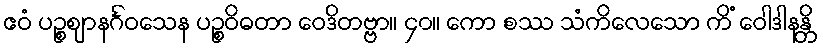
ဧဝံ ပဉ္စဈာနင်္ဂဝသေန ပဉ္စဝိဓတာ ဝေဒိတဗ္ဗာ။ ၄၀။ ကော စဿ သံကိလေသော ကိံ ဝေါဒါနန္တိ